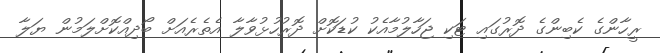
ރީހާންގެ ކެބިންގެ ދޮރުގައި ޓަކި ޖަހާލުމާއެކު ކުޑަކޮށް ދޮރުހުޅުވާލާ އެތެރެއަށް ބޯދިއްކޮށްލަމުން ޔަލާ